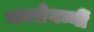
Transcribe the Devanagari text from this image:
भवरोगघ्नीं